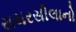
રાચરસીલાનો